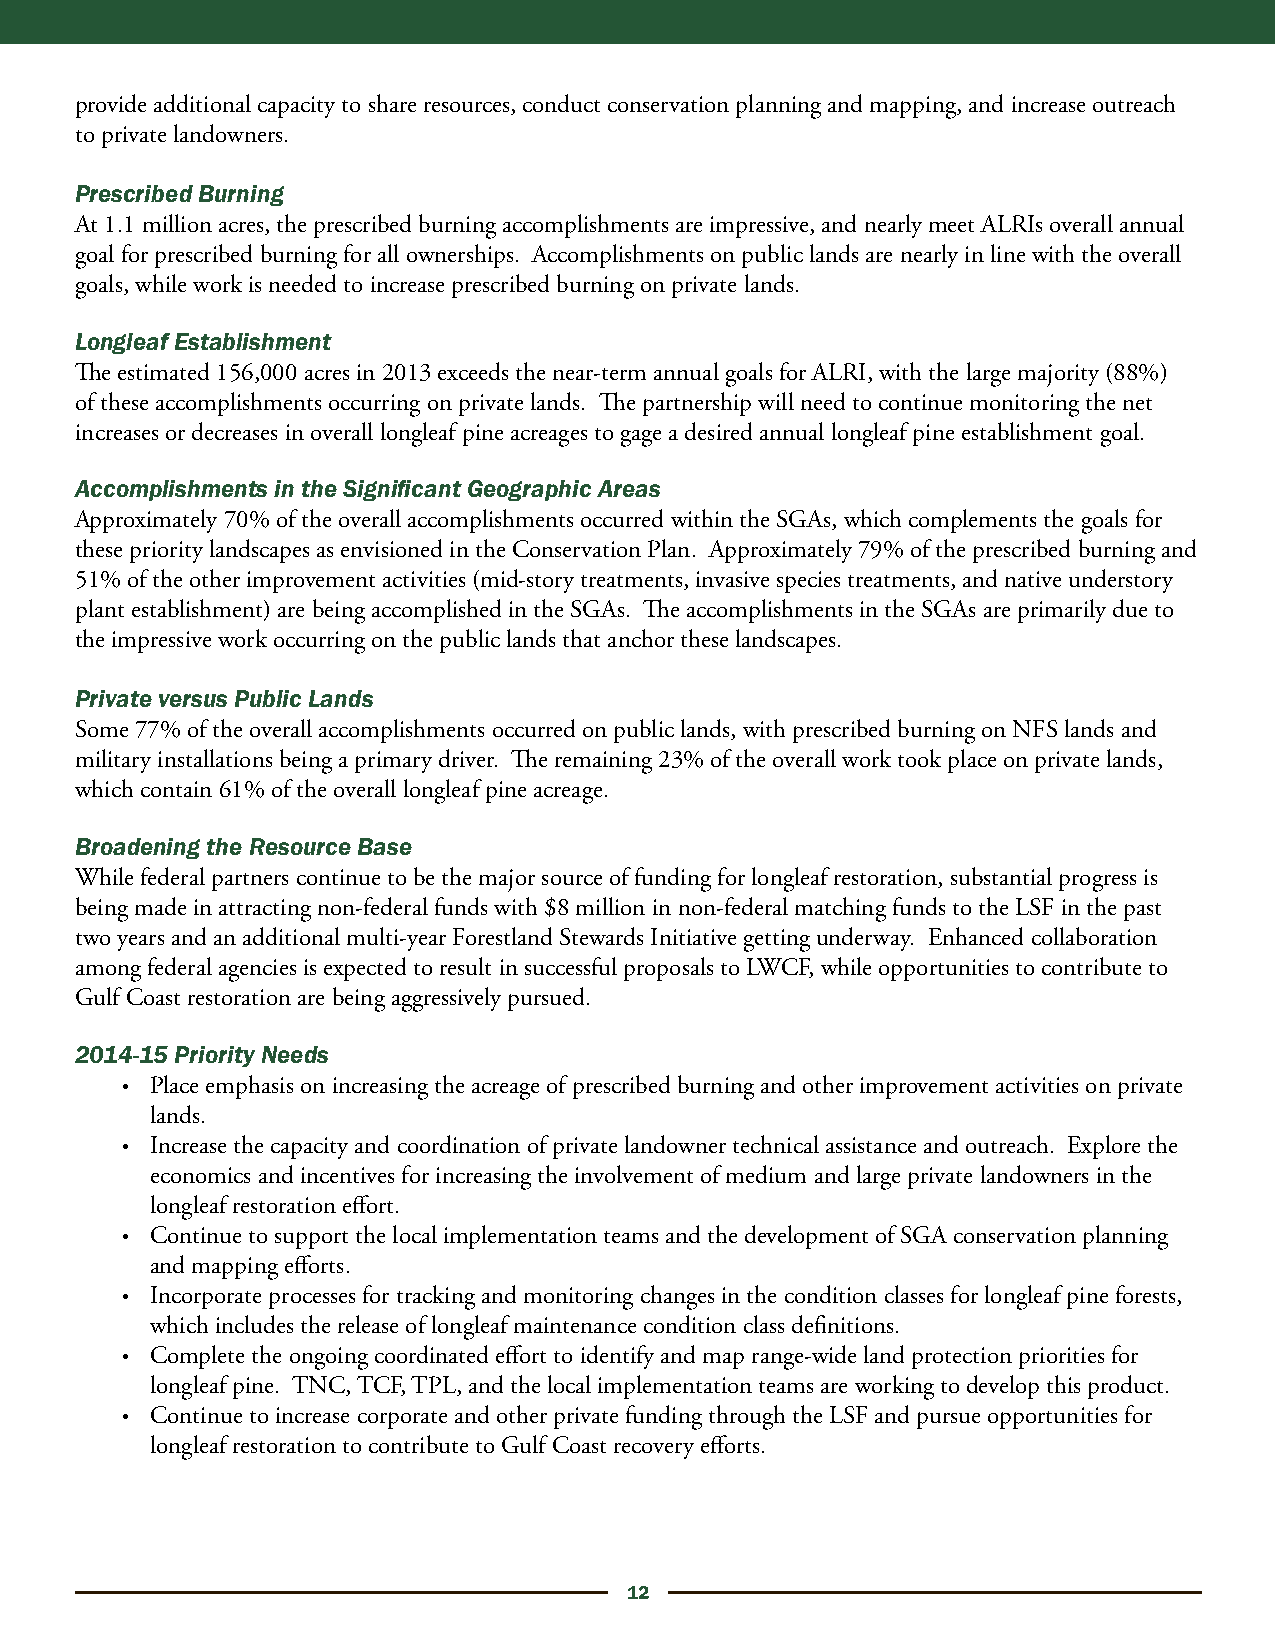
provide additional capacity to share resources, conduct conservation planning and mapping, and increase outreach
 to private landowners.
 Prescribed Burning
 At 1.1 million acres, the prescribed burning accomplishments are impressive, and nearly meet ALRIs overall annual
 goal for prescribed burning for all ownerships. Accomplishments on public lands are nearly in line with the overall
 goals, while work is needed to increase prescribed burning on private lands.
 Longleaf Establishment
 The estimated 156,000 acres in 2013 exceeds the near-term annual goals for ALRI, with the large majority (88%)
 of these accomplishments occurring on private lands. The partnership will need to continue monitoring the net
 increases or decreases in overall longleaf pine acreages to gage a desired annual longleaf pine establishment goal.
 Accomplishments in the Significant Geographic Areas
 Approximately 70% of the overall accomplishments occurred within the SGAs, which complements the goals for
 these priority landscapes as envisioned in the Conservation Plan. Approximately 79% of the prescribed burning and
 51% of the other improvement activities (mid-story treatments, invasive species treatments, and native understory
 plant establishment) are being accomplished in the SGAs. The accomplishments in the SGAs are primarily due to
 the impressive work occurring on the public lands that anchor these landscapes.
 Private versus Public Lands
 Some 77% of the overall accomplishments occurred on public lands, with prescribed burning on NFS lands and
 military installations being a primary driver. The remaining 23% of the overall work took place on private lands,
 which contain 61% of the overall longleaf pine acreage.
 Broadening the Resource Base
 While federal partners continue to be the major source of funding for longleaf restoration, substantial progress is
 being made in attracting non-federal funds with $8 million in non-federal matching funds to the LSF in the past
 two years and an additional multi-year Forestland Stewards Initiative getting underway. Enhanced collaboration
 among federal agencies is expected to result in successful proposals to LWCF, while opportunities to contribute to
 Gulf Coast restoration are being aggressively pursued.
 2014-15 Priority Needs
 • Place emphasis on increasing the acreage of prescribed burning and other improvement activities on private
 lands.
 • Increase the capacity and coordination of private landowner technical assistance and outreach. Explore the
 economics and incentives for increasing the involvement of medium and large private landowners in the
 longleaf restoration effort.
 • Continue to support the local implementation teams and the development of SGA conservation planning
 and mapping efforts.
 • Incorporate processes for tracking and monitoring changes in the condition classes for longleaf pine forests,
 which includes the release of longleaf maintenance condition class definitions.
 • Complete the ongoing coordinated effort to identify and map range-wide land protection priorities for
 longleaf pine. TNC, TCF, TPL, and the local implementation teams are working to develop this product.
 • Continue to increase corporate and other private funding through the LSF and pursue opportunities for
 longleaf restoration to contribute to Gulf Coast recovery efforts.
 12